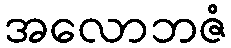
အလောဘဇံ